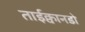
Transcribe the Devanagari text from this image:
ताईक्वानडो